NAE_ERA_R-2324_Eesti_Vabariigi_Pohiseaduslik_Assamblee, lk 309
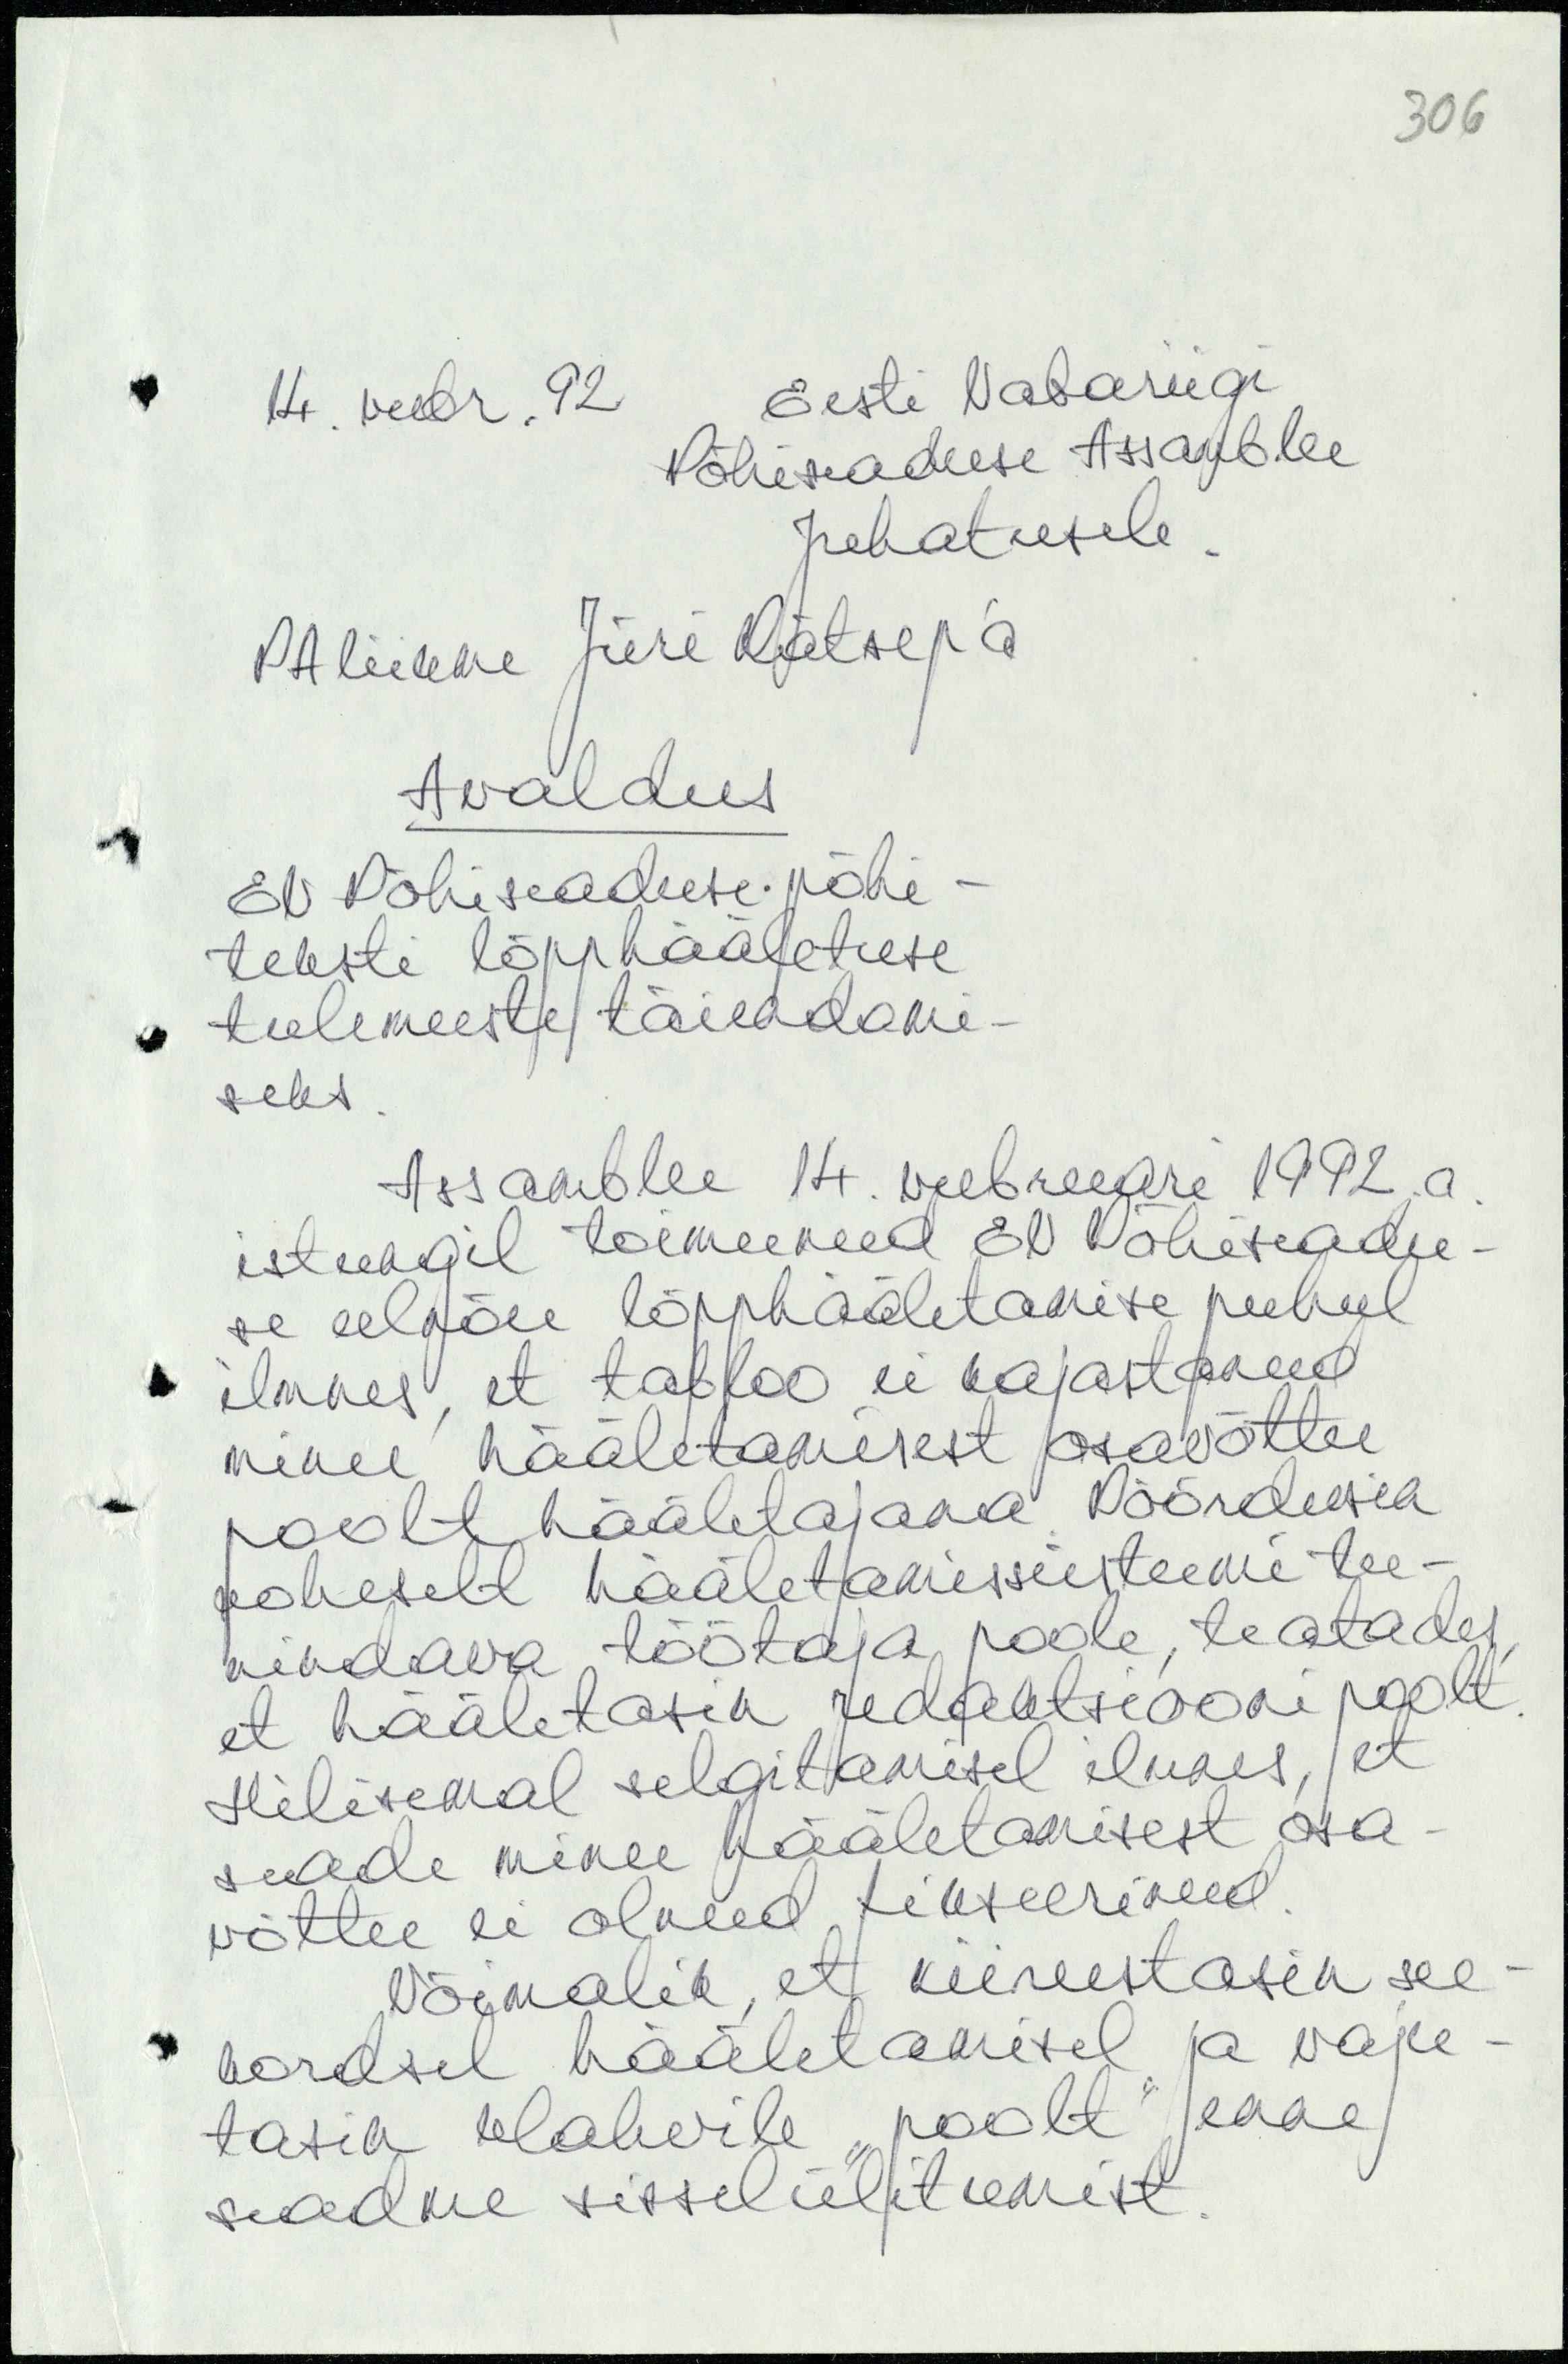
306

14. veebr. 92 Eesti Vabariigi
Põhiseaduse Assamblee
Juhatusele.
PA liikme Jüri Rätsep´a
Avaldus
EV Põhiseaduse põhi-
teksti lõpphääletuse
tulemuste täiendami-
seks.
Assamblee 14. veebruari 1992.a.
istungil toimunud EV Põhiseadu-
se eelnõu lõpphääletamise puhul
ilmnes, et tabloo ei kajastanud
minu hääletamisest osavõttu
poolt hääletajana. Pöördusin
koheselt hääletamissüsteemi tee-
nindava töötaja poole, teatades,
et hääletasin redaktsiooni poolt.
Hilisemal selgitamisel ilmnes, et
seade minu hääletamisest osa-
võttu ei olnud fikseerinud.
Võimalik, et kiirustasin see-
kordsel hääletamisel ja vaju-
tasin klahvile "poolt" enne
seadme sisselülitumist.